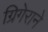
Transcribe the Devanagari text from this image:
ग्रिगेराने